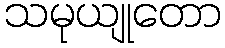
သမုယျုတော